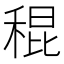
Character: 䅙